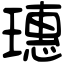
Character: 璤